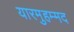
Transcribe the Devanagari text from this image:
यारमुहम्मद